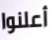
أعلنوا